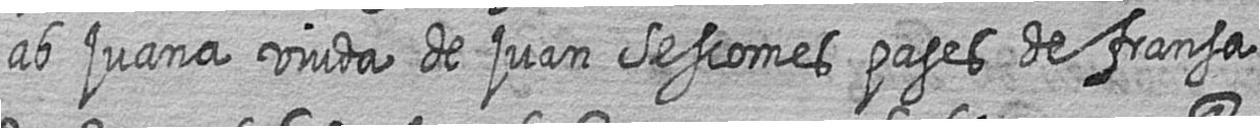
ab juana viuda de juan Sescomes pages de fransa